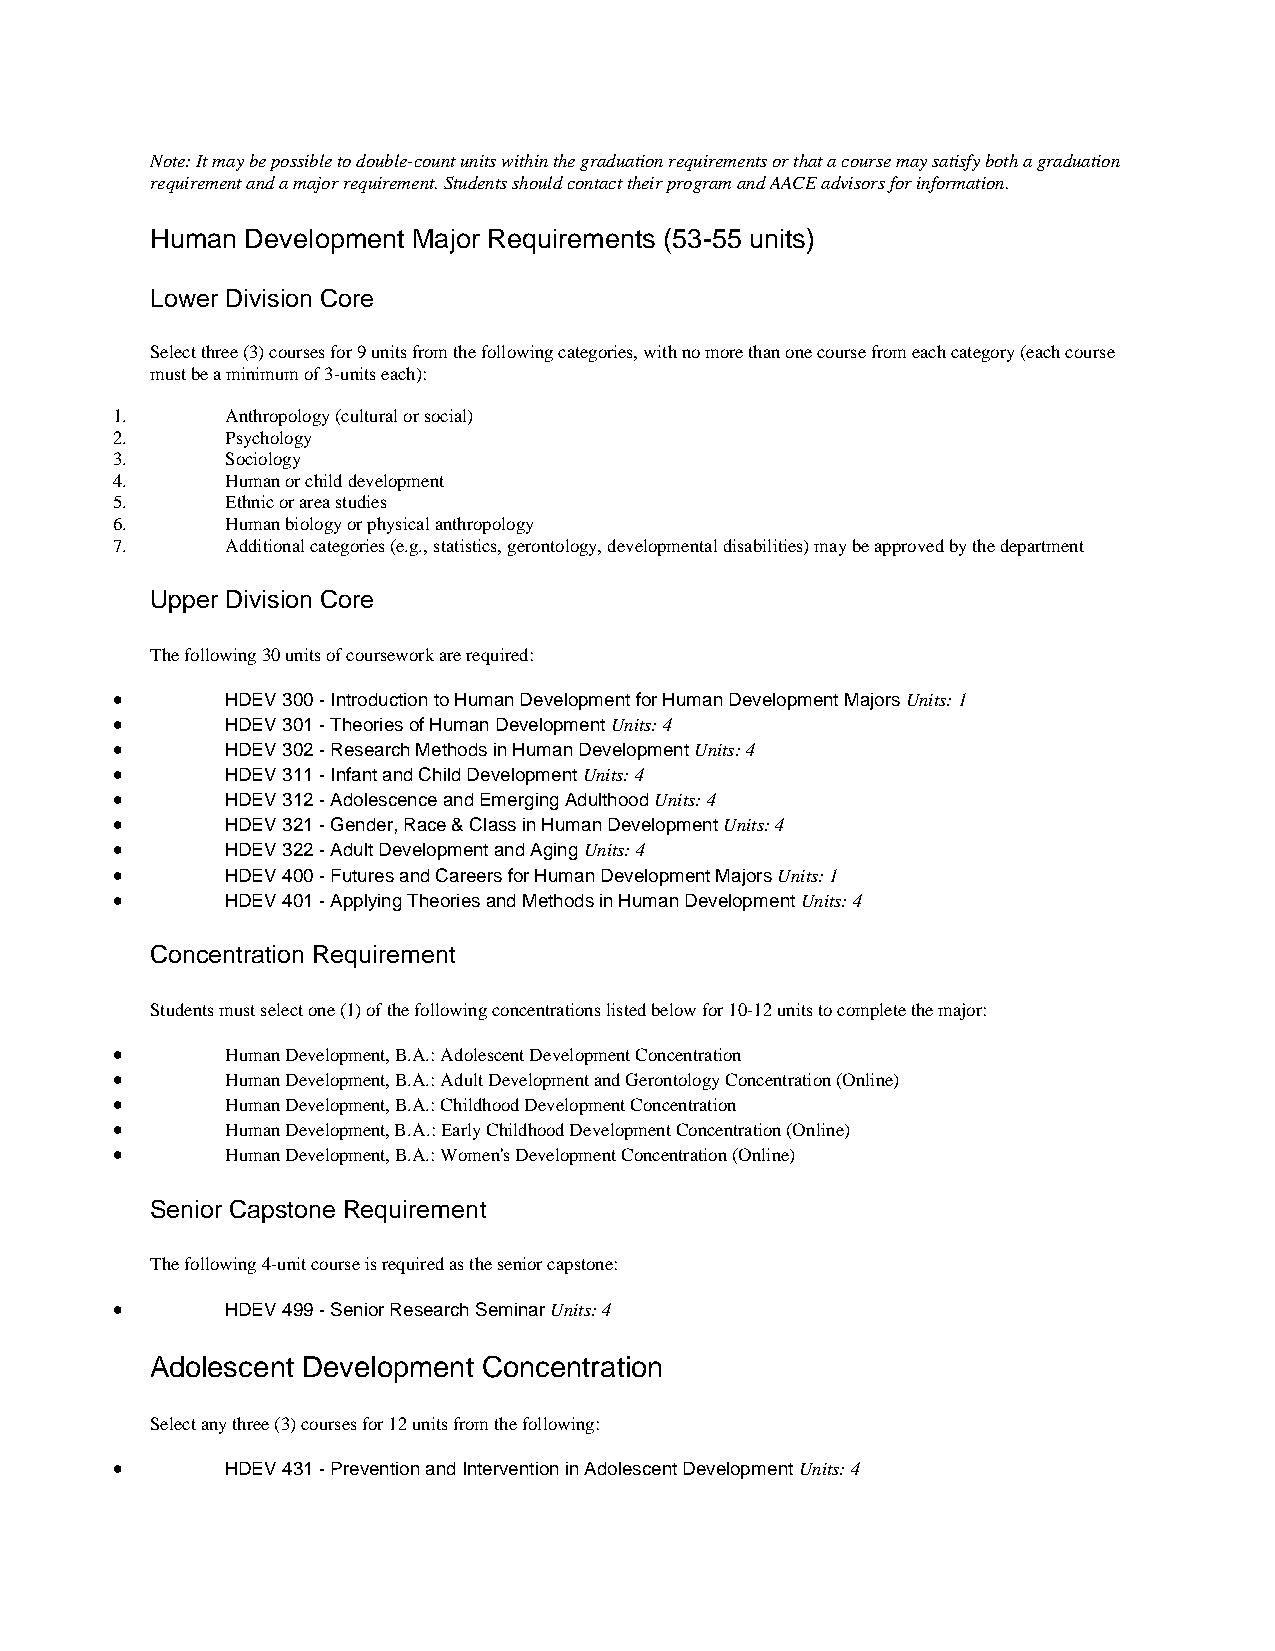
Note: It may be possible to double-count units within the graduation requirements or that a course may satisfy both a graduation
 requirement and a major requirement. Students should contact their program and AACE advisors for information.
 Human Development Major Requirements (53-55 units)
 Lower Division Core
 Select three (3) courses for 9 units from the following categories, with no more than one course from each category (each course
 must be a minimum of 3-units each):
 1.      Anthropology (cultural or social)
 2.      Psychology
 3.      Sociology
 4.      Human or child development
 5.      Ethnic or area studies
 6.      Human biology or physical anthropology
 7.      Additional categories (e.g., statistics, gerontology, developmental disabilities) may be approved by the department
 Upper Division Core
 The following 30 units of coursework are required:
 •       HDEV 300 - Introduction to Human Development for Human Development Majors Units: 1
 •       HDEV 301 - Theories of Human Development Units: 4
 •       HDEV 302 - Research Methods in Human Development Units: 4
 •       HDEV 311 - Infant and Child Development Units: 4
 •       HDEV 312 - Adolescence and Emerging Adulthood Units: 4
 •       HDEV 321 - Gender, Race & Class in Human Development Units: 4
 •       HDEV 322 - Adult Development and Aging Units: 4
 •       HDEV 400 - Futures and Careers for Human Development Majors Units: 1
 •       HDEV 401 - Applying Theories and Methods in Human Development Units: 4
 Concentration Requirement
 Students must select one (1) of the following concentrations listed below for 10-12 units to complete the major:
 •       Human Development, B.A.: Adolescent Development Concentration
 •       Human Development, B.A.: Adult Development and Gerontology Concentration (Online)
 •       Human Development, B.A.: Childhood Development Concentration
 •       Human Development, B.A.: Early Childhood Development Concentration (Online)
 •       Human Development, B.A.: Women's Development Concentration (Online)
 Senior Capstone Requirement
 The following 4-unit course is required as the senior capstone:
 •       HDEV 499 - Senior Research Seminar Units: 4
 Adolescent Development Concentration
 Select any three (3) courses for 12 units from the following:
 •       HDEV 431 - Prevention and Intervention in Adolescent Development Units: 4